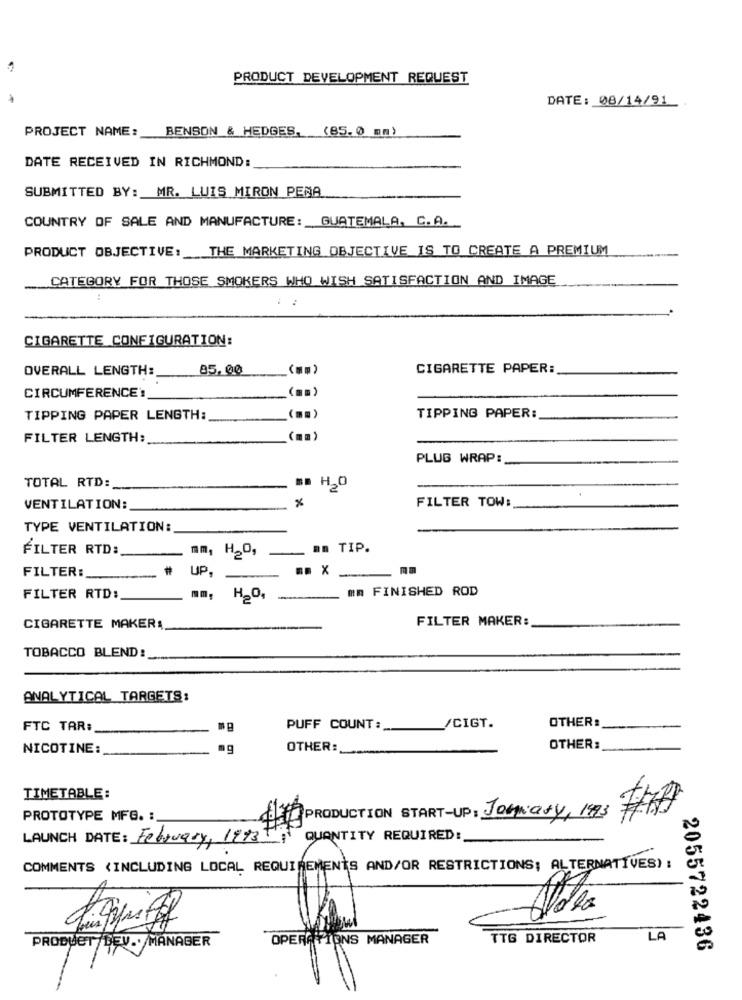
PRODUCT DEVELOPMENT REQUEST
DATE: 08/14/91_
PROJECT NAME :_
BENSON & HEDGES, (85. 0 mm)
DATE RECEIVED IN RICHMOND:
SUBMITTED BY: MR. LUIS MIRON PENA
COUNTRY OF SALE AND MANUFACTURE: GUATEMALA, C.A.
PRODUCT OBJECTIVE: THE MARKETING OBJECTIVE IS TO CREATE A PREMIUM
CATEGORY FOR THOSE SMOKERS WHO WISH SATISFACTION AND IMAGE
CIGARETTE CONFIGURATION:
OVERALL LENGTH:
85.00
CIGARETTE PAPER:
CIRCUMFERENCE :
(.)
TIPPING PAPER LENGTH:
( == )
TIPPING PAPER:
FILTER LENGTH:
(ma)
PLUG WRAP:
TOTAL RTD:
ma H2O
%
FILTER TOW:
VENTILATION:
TYPE VENTILATION:
FILTER RTD:
mm,
H_O,
un TIP.
FILTER:
UP.
mm
8 X
mm FINISHED ROD
FILTER RTD:
mm, H2O,
FILTER MAKER:
CIGARETTE MAKER!
TOBACCO BLEND:
ANALYTICAL TARGETS:
OTHER:
FTC TAR:
PUFF COUNT:
/CIGT.
NICOTINE:
mg
OTHER:
OTHER:
TIMETABLE:
PROTOTYPE MFG. :
PRODUCTION START-UP: January, 173
LAUNCH DATE : February, 1993
QUANTITY REQUIRED:
COMMENTS (INCLUDING LOCAL REQUIREMENTS AND/OR RESTRICTIONS; ALTERNATIVES) :
OPERATIONS MANAGER
TTG DIRECTOR
LA
PRODUCT/DEV .. MANAGER
2055722436